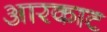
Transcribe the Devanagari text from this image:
आरकाट